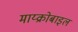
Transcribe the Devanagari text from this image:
माय्क्रोबाइल